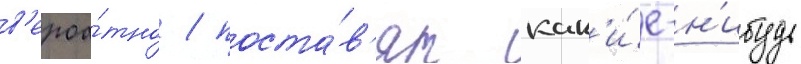
в'ероа́тно / поста́в'ят как'и́е-н'ибудь